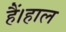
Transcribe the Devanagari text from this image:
हैं।हाल